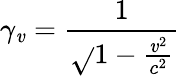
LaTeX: \gamma_{\mathit{v}}={\frac{{1}}{{\sqrt{}{{1-{\frac{{\mathit{v}^{2}}}{{c^{2}}}}}}}}}